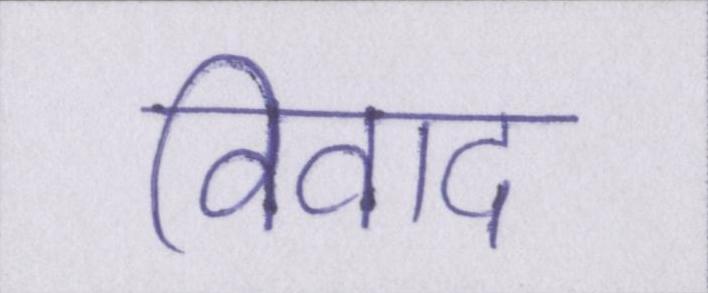
विवाद